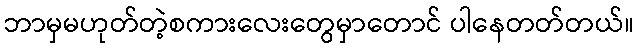
ဘာမှမဟုတ်တဲ့စကားလေးတွေမှာတောင် ပါနေတတ်တယ်။